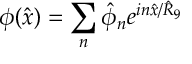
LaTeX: \phi ( \hat { x } ) = \sum _ { n } \hat { \phi } _ { n } e ^ { i n \hat { x } / \hat { R } _ { 9 } }